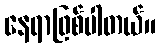
နေရာဖြစ်ပါတယ်။